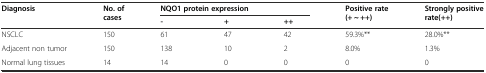
<table><thead><tr><td rowspan="2"><b>Diagnosis</b></td><td rowspan="2"><b>No. of cases</b></td><td colspan="3"><b>NQO1 protein expression</b></td><td rowspan="2"><b>Positive rate(+ ~ ++)</b></td><td rowspan="2"><b>Strongly positive rate(++)</b></td></tr><tr><td><b>-</b></td><td><b>+</b></td><td><b>++</b></td></tr></thead><tbody><tr><td>NSCLC</td><td>150</td><td>61</td><td>47</td><td>42</td><td>59.3%**</td><td>28.0%**</td></tr><tr><td>Adjacent non tumor</td><td>150</td><td>138</td><td>10</td><td>2</td><td>8.0%</td><td>1.3%</td></tr><tr><td>Normal lung tissues</td><td>14</td><td>14</td><td>0</td><td>0</td><td>0</td><td>0</td></tr></tbody></table>